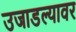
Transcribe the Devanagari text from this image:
उजाडल्यावर